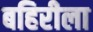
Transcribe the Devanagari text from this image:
बहिरीला